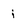
Character: i